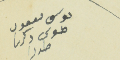
موسى يعقوب طنوس دكريا طرزا